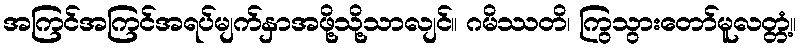
အကြင်အကြင်အရပ်မျက်နှာအဖို့သို့သာလျင်။ ဂမိဿတိ၊ ကြွသွားတော်မူလတ္တံ့။